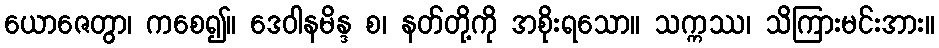
ယောဇေတွာ၊ ကစေ၍။ ဒေဝါနမိန္ဒ စ၊ နတ်တို့ကို အစိုးရသော။ သက္ကဿ၊ သိကြားမင်းအား။